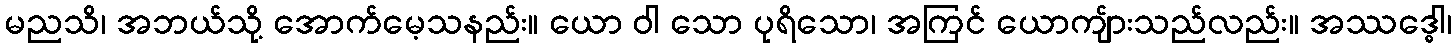
မညသိ၊ အဘယ်သို့ အောက်မေ့သနည်း။ ယော ဝါ သော ပုရိသော၊ အကြင် ယောကျ်ားသည်လည်း။ အဿဒ္ဓေါ၊